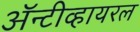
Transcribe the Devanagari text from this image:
अॅन्टीव्हायरल